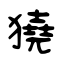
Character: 獟